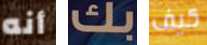
أنه بك كيف